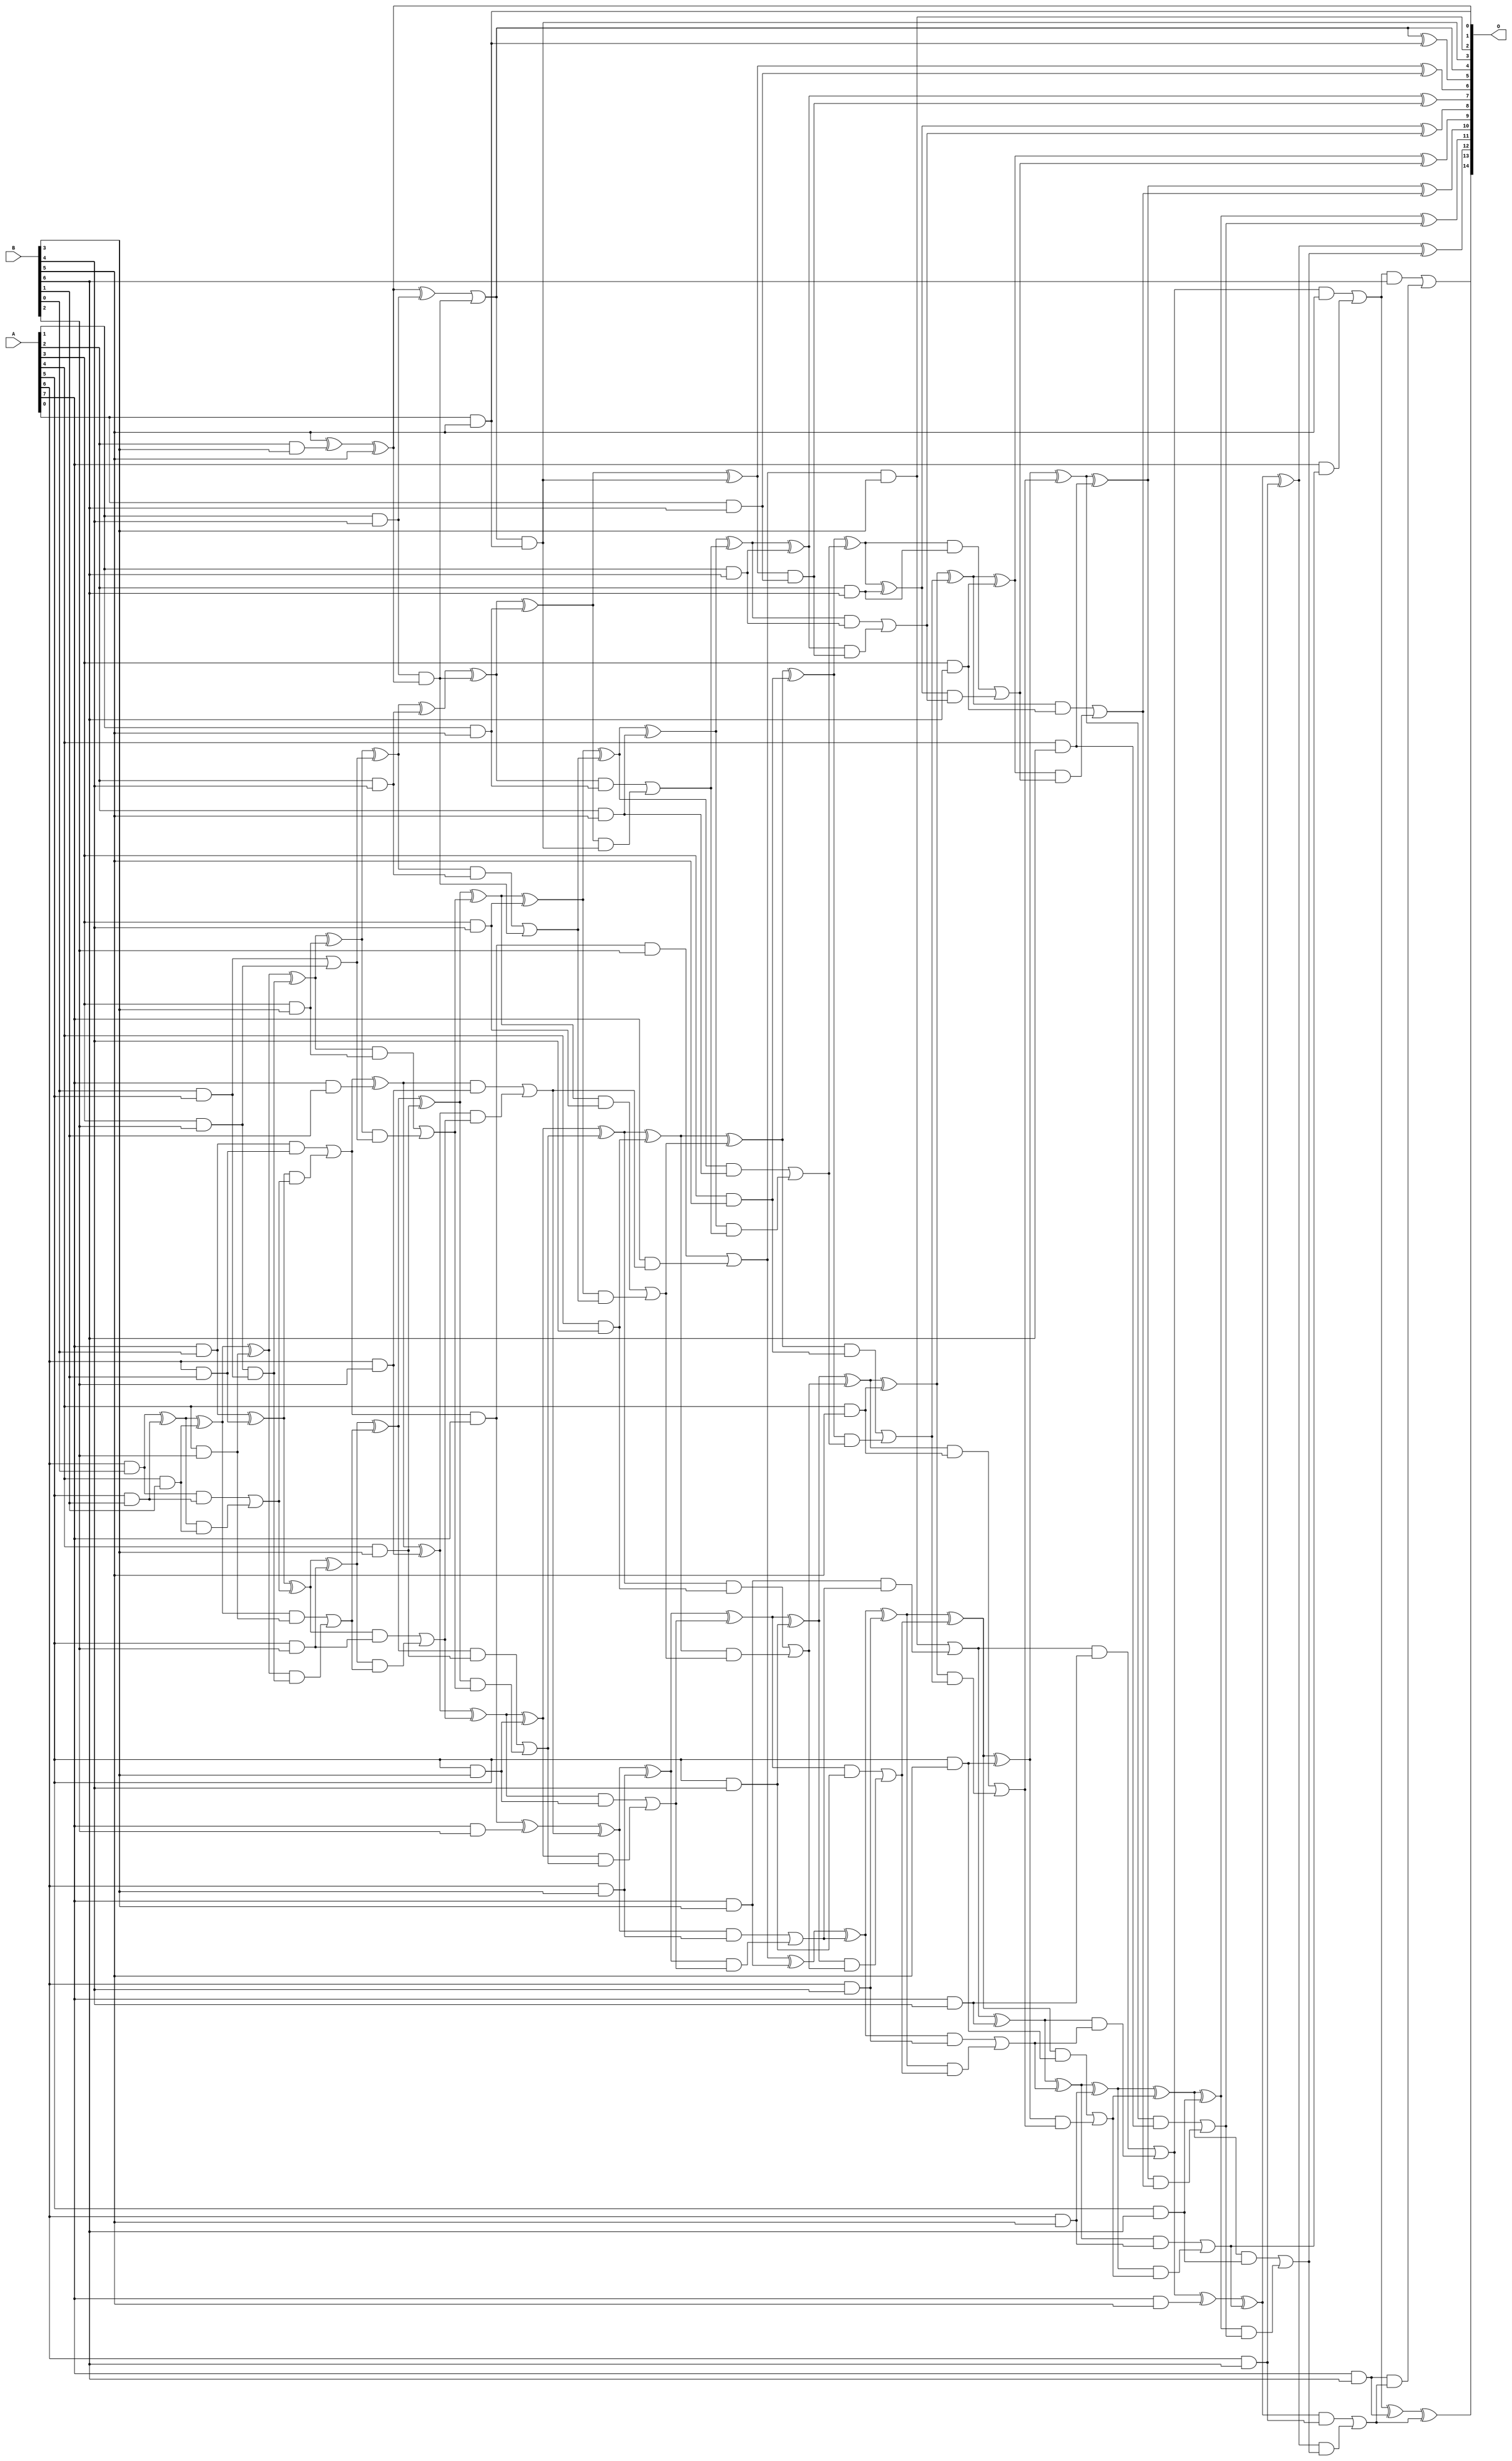
// This program was cloned from: https://github.com/ehw-fit/evoapproxlib
// License: MIT License

/***
* This code is a part of EvoApproxLib library (ehw.fit.vutbr.cz/approxlib) distributed under The MIT License.
* When used, please cite the following article(s): V. Mrazek, L. Sekanina, Z. Vasicek "Libraries of Approximate Circuits: Automated Design and Application in CNN Accelerators" IEEE Journal on Emerging and Selected Topics in Circuits and Systems, Vol 10, No 4, 2020 
* This file contains a circuit from a sub-set of pareto optimal circuits with respect to the pwr and mre parameters
***/
// MAE% = 0.054 %
// MAE = 18 
// WCE% = 0.19 %
// WCE = 63 
// WCRE% = 100.00 %
// EP% = 92.69 %
// MRE% = 1.57 %
// MSE = 498 
// PDK45_PWR = 0.255 mW
// PDK45_AREA = 467.9 um2
// PDK45_DELAY = 1.52 ns

module mul8x7u_3MA (
    A,
    B,
    O
);

input [7:0] A;
input [6:0] B;
output [14:0] O;

wire sig_17,sig_21,sig_22,sig_28,sig_29,sig_30,sig_53,sig_54,sig_55,sig_56,sig_57,sig_58,sig_59,sig_60,sig_61,sig_62,sig_63,sig_64,sig_67,sig_69;
wire sig_70,sig_71,sig_72,sig_81,sig_87,sig_90,sig_91,sig_92,sig_93,sig_94,sig_95,sig_96,sig_97,sig_98,sig_99,sig_100,sig_101,sig_102,sig_103,sig_104;
wire sig_105,sig_106,sig_107,sig_108,sig_109,sig_112,sig_113,sig_114,sig_115,sig_116,sig_117,sig_125,sig_128,sig_129,sig_130,sig_131,sig_132,sig_133,sig_134,sig_135;
wire sig_136,sig_137,sig_138,sig_139,sig_140,sig_141,sig_142,sig_143,sig_144,sig_145,sig_146,sig_147,sig_148,sig_149,sig_150,sig_151,sig_152,sig_153,sig_154,sig_156;
wire sig_157,sig_158,sig_159,sig_160,sig_161,sig_162,sig_165,sig_166,sig_168,sig_170,sig_171,sig_173,sig_174,sig_175,sig_176,sig_177,sig_178,sig_179,sig_180,sig_181;
wire sig_182,sig_183,sig_184,sig_185,sig_186,sig_187,sig_188,sig_189,sig_190,sig_191,sig_192,sig_193,sig_194,sig_195,sig_196,sig_197,sig_198,sig_199,sig_200,sig_201;
wire sig_202,sig_203,sig_204,sig_205,sig_206,sig_207,sig_208,sig_209,sig_210,sig_211,sig_212,sig_213,sig_214,sig_215,sig_216,sig_217,sig_218,sig_219,sig_220,sig_221;
wire sig_222,sig_223,sig_224,sig_225,sig_226,sig_227,sig_228,sig_229,sig_230,sig_231,sig_232,sig_233,sig_234,sig_235,sig_236,sig_237,sig_238,sig_239,sig_240,sig_241;
wire sig_242,sig_243,sig_244,sig_245,sig_246,sig_247,sig_248,sig_249,sig_250,sig_251,sig_252,sig_253,sig_254,sig_255,sig_256,sig_257,sig_258,sig_259,sig_260,sig_261;
wire sig_262,sig_263,sig_264,sig_265,sig_266,sig_267,sig_268,sig_269,sig_270,sig_271,sig_272,sig_273,sig_274,sig_275,sig_276,sig_277,sig_278,sig_279,sig_280,sig_281;
wire sig_282,sig_283,sig_284,sig_285,sig_286,sig_287,sig_288,sig_289;

assign sig_17 = A[4] & B[1];
assign sig_21 = A[6] & B[0];
assign sig_22 = A[7] & B[0];
assign sig_28 = A[5] & B[1];
assign sig_29 = A[6] & B[1];
assign sig_30 = A[7] & B[1];
assign sig_53 = sig_21 ^ sig_28;
assign sig_54 = sig_21 & sig_28;
assign sig_55 = sig_53 & sig_17;
assign sig_56 = sig_53 ^ sig_17;
assign sig_57 = sig_54 | sig_55;
assign sig_58 = sig_22 ^ sig_29;
assign sig_59 = sig_22 & sig_29;
assign sig_60 = sig_58 & sig_57;
assign sig_61 = sig_58 ^ sig_57;
assign sig_62 = sig_59 | sig_60;
assign sig_63 = sig_62 & A[7];
assign sig_64 = sig_62 ^ sig_30;
assign sig_67 = A[3] & B[2];
assign sig_69 = A[4] & B[2];
assign sig_70 = A[5] & B[2];
assign sig_71 = A[6] & B[2];
assign sig_72 = A[7] & B[2];
assign sig_81 = B[0] & A[5];
assign sig_87 = sig_67 & sig_81;
assign sig_90 = sig_56 ^ sig_69;
assign sig_91 = sig_56 & sig_69;
assign sig_92 = sig_90 & sig_87;
assign sig_93 = sig_90 ^ sig_87;
assign sig_94 = sig_91 | sig_92;
assign sig_95 = sig_61 ^ sig_70;
assign sig_96 = sig_61 & sig_70;
assign sig_97 = sig_95 & sig_94;
assign sig_98 = sig_95 ^ sig_94;
assign sig_99 = sig_96 | sig_97;
assign sig_100 = sig_64 ^ sig_71;
assign sig_101 = sig_64 & sig_71;
assign sig_102 = sig_100 & sig_99;
assign sig_103 = sig_100 ^ sig_99;
assign sig_104 = sig_101 | sig_102;
assign sig_105 = sig_63 ^ sig_72;
assign sig_106 = sig_63 & B[2];
assign sig_107 = A[7] & sig_104;
assign sig_108 = sig_105 ^ sig_104;
assign sig_109 = sig_106 | sig_107;
assign sig_112 = A[2] & B[3];
assign sig_113 = A[3] & B[3];
assign sig_114 = A[4] & B[3];
assign sig_115 = A[5] & B[3];
assign sig_116 = A[6] & B[3];
assign sig_117 = A[7] & B[3];
assign sig_125 = B[5] ^ sig_112;
assign sig_128 = sig_125 ^ B[5];
assign sig_129 = sig_81 | sig_67;
assign sig_130 = sig_93 ^ sig_113;
assign sig_131 = sig_93 & sig_113;
assign sig_132 = sig_130 & sig_129;
assign sig_133 = sig_130 ^ sig_129;
assign sig_134 = sig_131 | sig_132;
assign sig_135 = sig_98 ^ sig_114;
assign sig_136 = sig_98 & sig_114;
assign sig_137 = sig_135 & sig_134;
assign sig_138 = sig_135 ^ sig_134;
assign sig_139 = sig_136 | sig_137;
assign sig_140 = sig_103 ^ sig_115;
assign sig_141 = sig_103 & sig_115;
assign sig_142 = sig_140 & sig_139;
assign sig_143 = sig_140 ^ sig_139;
assign sig_144 = sig_141 | sig_142;
assign sig_145 = sig_108 ^ sig_116;
assign sig_146 = sig_108 & sig_116;
assign sig_147 = sig_145 & sig_144;
assign sig_148 = sig_145 ^ sig_144;
assign sig_149 = sig_146 | sig_147;
assign sig_150 = sig_109 ^ sig_117;
assign sig_151 = sig_109 & B[3];
assign sig_152 = sig_117 & sig_149;
assign sig_153 = sig_150 ^ sig_149;
assign sig_154 = sig_151 | sig_152;
assign sig_156 = A[1] & B[4];
assign sig_157 = A[2] & B[4];
assign sig_158 = A[3] & B[4];
assign sig_159 = A[4] & B[4];
assign sig_160 = A[5] & B[4];
assign sig_161 = A[6] & B[4];
assign sig_162 = A[7] & B[4];
assign sig_165 = sig_128 ^ sig_156;
assign sig_166 = sig_156 & sig_128;
assign sig_168 = sig_165 | sig_166;
assign sig_170 = sig_133 ^ sig_157;
assign sig_171 = sig_133 & sig_157;
assign sig_173 = sig_170 ^ sig_166;
assign sig_174 = sig_171 | sig_166;
assign sig_175 = sig_138 ^ sig_158;
assign sig_176 = sig_138 & sig_158;
assign sig_177 = sig_175 & sig_174;
assign sig_178 = sig_175 ^ sig_174;
assign sig_179 = sig_176 | sig_177;
assign sig_180 = sig_143 ^ sig_159;
assign sig_181 = sig_143 & sig_159;
assign sig_182 = sig_180 & sig_179;
assign sig_183 = sig_180 ^ sig_179;
assign sig_184 = sig_181 | sig_182;
assign sig_185 = sig_148 ^ sig_160;
assign sig_186 = sig_148 & sig_160;
assign sig_187 = sig_185 & sig_184;
assign sig_188 = sig_185 ^ sig_184;
assign sig_189 = sig_186 | sig_187;
assign sig_190 = sig_153 ^ sig_161;
assign sig_191 = sig_153 & sig_161;
assign sig_192 = sig_190 & sig_189;
assign sig_193 = sig_190 ^ sig_189;
assign sig_194 = sig_191 | sig_192;
assign sig_195 = sig_154 ^ sig_162;
assign sig_196 = sig_154 & sig_162;
assign sig_197 = sig_195 & sig_194;
assign sig_198 = sig_195 ^ sig_194;
assign sig_199 = sig_196 | sig_197;
assign sig_200 = A[0] & B[5];
assign sig_201 = A[1] & B[5];
assign sig_202 = A[2] & B[5];
assign sig_203 = A[3] & B[5];
assign sig_204 = A[4] & B[5];
assign sig_205 = A[5] & B[5];
assign sig_206 = A[6] & B[5];
assign sig_207 = A[7] & B[5];
assign sig_208 = sig_168 & sig_200;
assign sig_209 = sig_168 ^ sig_200;
assign sig_210 = sig_173 ^ sig_201;
assign sig_211 = sig_173 & sig_201;
assign sig_212 = sig_210 & sig_208;
assign sig_213 = sig_210 ^ sig_208;
assign sig_214 = sig_211 | sig_212;
assign sig_215 = sig_178 ^ sig_202;
assign sig_216 = sig_178 & sig_202;
assign sig_217 = sig_215 & sig_214;
assign sig_218 = sig_215 ^ sig_214;
assign sig_219 = sig_216 | sig_217;
assign sig_220 = sig_183 ^ sig_203;
assign sig_221 = sig_183 & sig_203;
assign sig_222 = sig_220 & sig_219;
assign sig_223 = sig_220 ^ sig_219;
assign sig_224 = sig_221 | sig_222;
assign sig_225 = sig_188 ^ sig_204;
assign sig_226 = sig_188 & sig_204;
assign sig_227 = sig_225 & sig_224;
assign sig_228 = sig_225 ^ sig_224;
assign sig_229 = sig_226 | sig_227;
assign sig_230 = sig_193 ^ sig_205;
assign sig_231 = sig_193 & sig_205;
assign sig_232 = sig_230 & sig_229;
assign sig_233 = sig_230 ^ sig_229;
assign sig_234 = sig_231 | sig_232;
assign sig_235 = sig_198 ^ sig_206;
assign sig_236 = sig_198 & sig_206;
assign sig_237 = sig_235 & sig_234;
assign sig_238 = sig_235 ^ sig_234;
assign sig_239 = sig_236 | sig_237;
assign sig_240 = sig_199 ^ sig_207;
assign sig_241 = sig_199 & B[5];
assign sig_242 = A[7] & sig_239;
assign sig_243 = sig_240 ^ sig_239;
assign sig_244 = sig_241 | sig_242;
assign sig_245 = A[0] & B[6];
assign sig_246 = A[1] & B[6];
assign sig_247 = A[2] & B[6];
assign sig_248 = A[3] & B[6];
assign sig_249 = A[4] & B[6];
assign sig_250 = A[5] & B[6];
assign sig_251 = A[6] & B[6];
assign sig_252 = A[7] & B[6];
assign sig_253 = sig_213 & sig_245;
assign sig_254 = sig_213 ^ sig_245;
assign sig_255 = sig_218 ^ sig_246;
assign sig_256 = sig_218 & sig_246;
assign sig_257 = sig_255 & sig_253;
assign sig_258 = sig_255 ^ sig_253;
assign sig_259 = sig_256 | sig_257;
assign sig_260 = sig_223 ^ sig_247;
assign sig_261 = sig_223 & sig_247;
assign sig_262 = sig_260 & sig_259;
assign sig_263 = sig_260 ^ sig_259;
assign sig_264 = sig_261 | sig_262;
assign sig_265 = sig_228 ^ sig_248;
assign sig_266 = sig_228 & sig_248;
assign sig_267 = sig_265 & sig_264;
assign sig_268 = sig_265 ^ sig_264;
assign sig_269 = sig_266 | sig_267;
assign sig_270 = sig_233 ^ sig_249;
assign sig_271 = sig_233 & sig_249;
assign sig_272 = sig_270 & sig_269;
assign sig_273 = sig_270 ^ sig_269;
assign sig_274 = sig_271 | sig_272;
assign sig_275 = sig_238 ^ sig_250;
assign sig_276 = sig_238 & sig_250;
assign sig_277 = sig_275 & sig_274;
assign sig_278 = sig_275 ^ sig_274;
assign sig_279 = sig_276 | sig_277;
assign sig_280 = sig_243 ^ sig_251;
assign sig_281 = sig_243 & sig_251;
assign sig_282 = sig_280 & sig_279;
assign sig_283 = sig_280 ^ sig_279;
assign sig_284 = sig_281 | sig_282;
assign sig_285 = sig_244 ^ sig_252;
assign sig_286 = sig_244 & B[6];
assign sig_287 = sig_252 & sig_284;
assign sig_288 = sig_285 ^ sig_284;
assign sig_289 = sig_286 | sig_287;

assign O[14] = sig_289;
assign O[13] = sig_288;
assign O[12] = sig_283;
assign O[11] = sig_278;
assign O[10] = sig_273;
assign O[9] = sig_268;
assign O[8] = sig_263;
assign O[7] = sig_258;
assign O[6] = sig_254;
assign O[5] = sig_209;
assign O[4] = sig_168;
assign O[3] = sig_208;
assign O[2] = sig_151;
assign O[1] = sig_200;
assign O[0] = sig_128;

endmodule